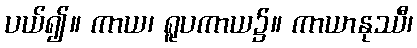
ပယ်၍။ ကာယ၊ ရူပကာယ၌။ ကာယာနုဿီ၊